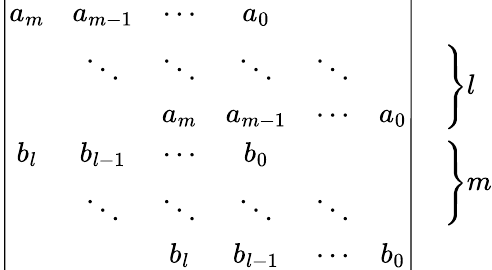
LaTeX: \begin{array}{cl}{\left|\begin{array}{cccccc}{a_{m}}&{a_{m-1}}&{\cdots}&{a_{0}}&&\\ &{\ddots}&{\ddots}&{\ddots}&{\ddots}&\\ &&{a_{m}}&{a_{m-1}}&{\cdots}&{a_{0}}\\ {b_{l}}&{b_{l-1}}&{\cdots}&{b_{0}}&&\\ &{\ddots}&{\ddots}&{\ddots}&{\ddots}&\\ &&{b_{l}}&{b_{l-1}}&{\cdots}&{b_{0}}\end{array}\right|}&{\begin{array}{l}{\left.\rule{0mm}{8mm}\right\} l}\\ {\left.\rule{0mm}{8mm}\right\} m}\end{array}}\end{array}